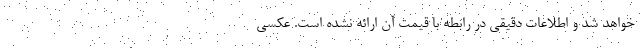
خواهد شد و اطلاعات دقیقی در رابطه با قیمت آن ارائه نشده است. عکسی